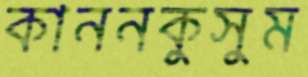
কাননকুসুম